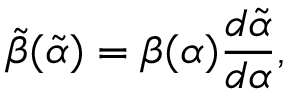
\tilde { \beta } ( \tilde { \alpha } ) = \beta ( \alpha ) \frac { d \tilde { \alpha } } { d \alpha } ,